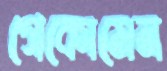
গেকোমেন